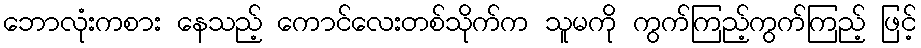
ဘောလုံးကစား နေသည့် ကောင်လေးတစ်သိုက်က သူမကို ကွက်ကြည့်ကွက်ကြည့် ဖြင့်